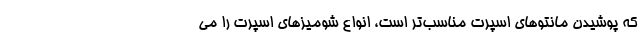
که پوشیدن مانتوهای اسپرت مناسب‌تر است، انواع شومیزهای اسپرت را می